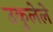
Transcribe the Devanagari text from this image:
उकुलेले